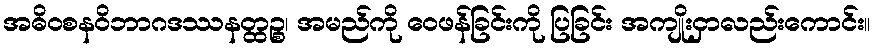
အဓိဝစနဝိဘာဂဒဿနတ္ထဉ္စ၊ အမည်ကို ဝေဖန်ခြင်းကို ပြခြင်း အကျိုးငှာလည်းကောင်း။